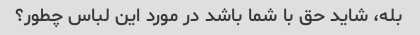
بله، شاید حق با شما باشد در مورد این لباس چطور؟